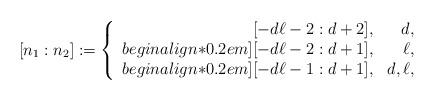
LaTeX: \begin{align*}[n_1:n_2]:=\left\{\begin{array}{rr}[-d\ell-2:d+2],& d,\\begin{align*}0.2em][-d\ell-2:d+1],& \ell ,\\begin{align*}0.2em][-d\ell-1:d+1],& d,\ell ,\end{array}\right.\end{align*}